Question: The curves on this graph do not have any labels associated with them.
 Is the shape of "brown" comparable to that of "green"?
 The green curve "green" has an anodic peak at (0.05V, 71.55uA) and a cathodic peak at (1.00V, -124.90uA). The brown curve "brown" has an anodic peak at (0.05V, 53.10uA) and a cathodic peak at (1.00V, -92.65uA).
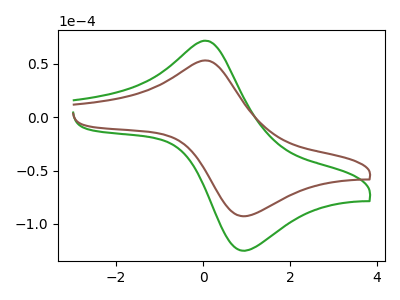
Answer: <think>All the peaks in "brown" have a peak in "green" at the same potential. Every peak in "brown" is lower than every peak in "green".
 </think>
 <answer>"brown" and "green" are similar in shape.</answer>
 <eval>same_shape</eval>